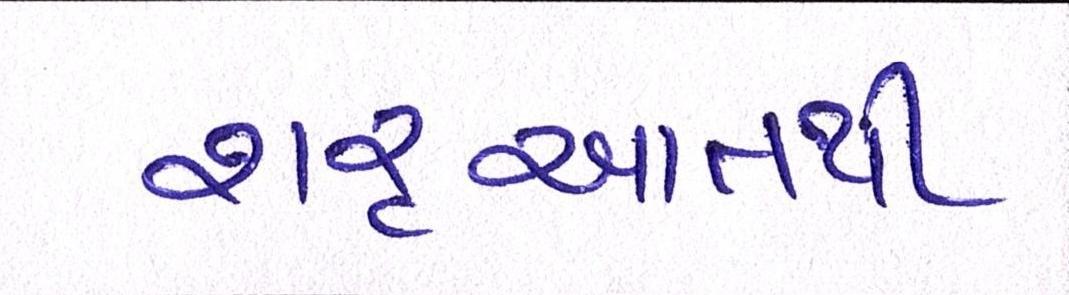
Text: શરૃઆતથી